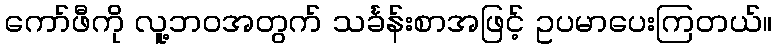
ကော်ဖီကို လူ့ဘဝအတွက် သင်္ခန်းစာအဖြင့် ဥပမာပေးကြတယ်။